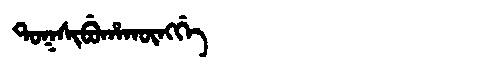
Manchu: ᡨᠣᡴᠰᡳᠪᡠᡥᠠᡴᡡᠩᡤᡝ
Romanization: TOKSIBUHAKŪNGGE